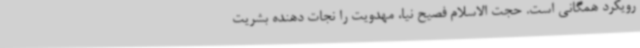
رویکرد همگانی است. حجت الاسلام فصیح نیا، مهدویت را نجات دهنده بشریت